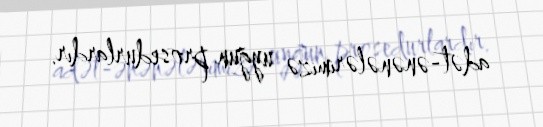
adət-ənənələrimizə uyğun prosedurlardır.